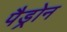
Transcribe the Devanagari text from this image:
पैड्रोन